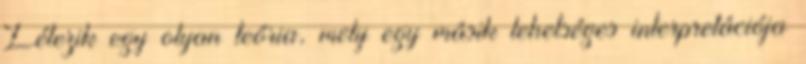
Létezik egy olyan teória, mely egy másik lehetséges interpretációja